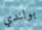
بولندي